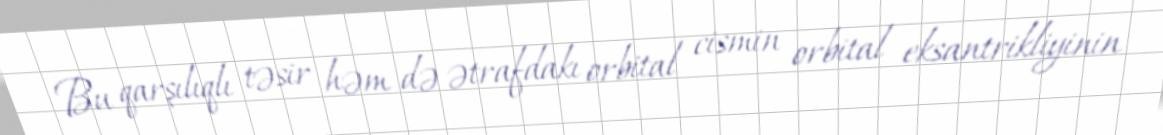
Bu qarşılıqlı təsir həm də ətrafdakı orbital cismin orbital eksantrikliyinin